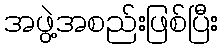
အဖွဲ့အစည်းဖြစ်ပြီး